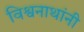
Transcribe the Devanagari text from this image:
विश्वनाथांनी